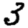
Digit: 3